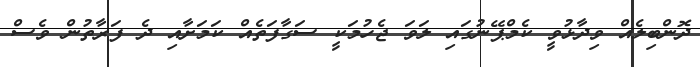
ދޮންބިލެއް ވިދާޅުވީ ކެމްޕޭނުގައި ލަވަ ޖެހުމަކީ ސަގާފަތެއް ކަމަށާއި ދެ ފަރާތުން ވެސް